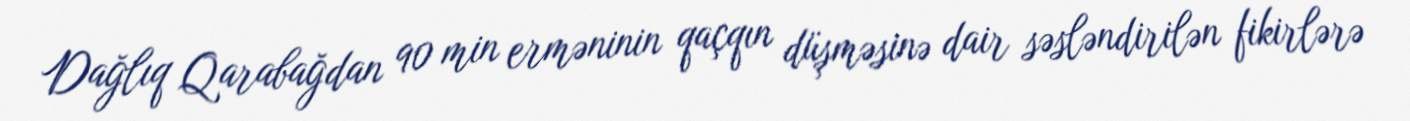
Dağlıq Qarabağdan 90 min erməninin qaçqın düşməsinə dair səsləndirilən fikirlərə